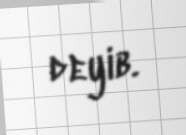
deyib.